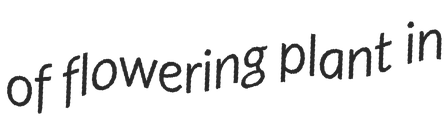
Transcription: of flowering plant in